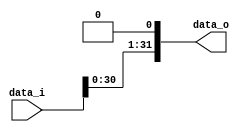
//--------------------------------------------------------------------------------
//Version:     1
//--------------------------------------------------------------------------------
//Description: lsb will be set to 0 and the msb will be cut off
//--------------------------------------------------------------------------------

module Shift_Left_One_64(
    data_i,
    data_o
    );

//I/O ports                    
input [64-1:0] data_i;
output [32-1:0] data_o;
//wire [64-1:0] data_o;


//shift left 1
assign data_o[31:1]= data_i[30:0] ;
assign data_o[0]= 1'b0 ;
  
endmodule